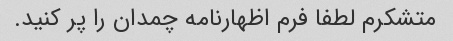
متشکرم لطفا فرم اظهارنامه چمدان را پر کنید.